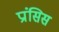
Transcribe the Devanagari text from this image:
प्रांसिस